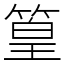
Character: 篁